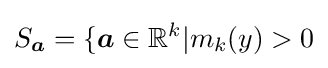
S_{\boldsymbol {a}}=\{{\boldsymbol {a}}\in \mathbb {R} ^{k}|m_{k}(y)>0